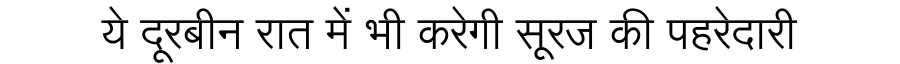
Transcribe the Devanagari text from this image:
ये दूरबीन रात में भी करेगी सूरज की पहरेदारी